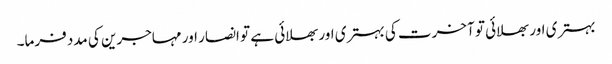
بہتری اور بھلائی تو آخرت کی بہتری اور بھلائی ہے تو انصار اور مہاجرین کی مدد فرما۔